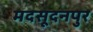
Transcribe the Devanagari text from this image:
मदसूदनपुर